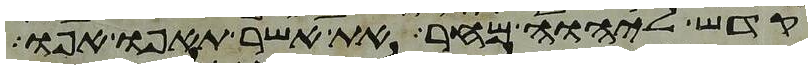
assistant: קדש ליהוה מחר את אשר תאפו אפו